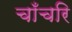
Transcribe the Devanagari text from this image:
चाँचरि